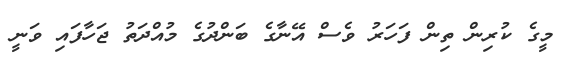
މީގެ ކުރިން ތިން ފަހަރު ވެސް އޭނާގެ ބަންދުގެ މުއްދަތު ޖަހާފައި ވަނީ